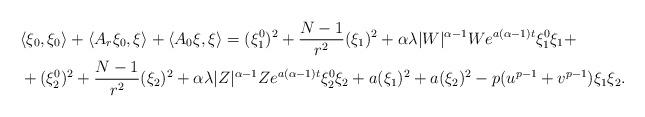
LaTeX: \begin{align*}&\langle\xi_0, \xi_0\rangle + \langle A_r\xi_0, \xi \rangle + \langle A_0\xi, \xi \rangle = (\xi_1^0)^2 + \dfrac{N-1}{r^2}(\xi_1)^2+\alpha \lambda |W|^{\alpha-1}We^{a(\alpha-1)t}\xi_1^0\xi_1+ \\& + (\xi_2^0)^2 + \dfrac{N-1}{r^2}(\xi_2)^2+\alpha \lambda |Z|^{\alpha-1}Ze^{a(\alpha-1)t}\xi_2^0\xi_2 + a(\xi_1)^{2} + a(\xi_2)^2 - p(u^{p-1}+v^{p-1})\xi_1\xi_2.\end{align*}